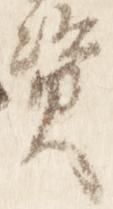
資